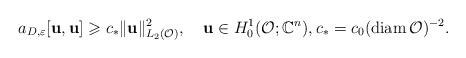
LaTeX: \begin{align*}a_{D,\varepsilon}[\mathbf{u},\mathbf{u}]\geqslant c_* \Vert \mathbf{u}\Vert ^2_{L_2(\mathcal{O})},\quad\mathbf{u}\in H^1_0(\mathcal{O};\mathbb{C}^n),c_*=c_0(\mathrm{diam}\,\mathcal{O})^{-2}.\end{align*}